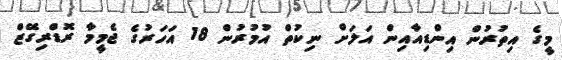
މީގެ އިތުރުން އިންޑިއާއިން އަލަށް ނިކުތް އުމުރުން 18 އަހަރުގެ ޖެމީމާ ރޮޑްރިގޭޒް